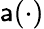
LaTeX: \mathsf{a}(\cdot)